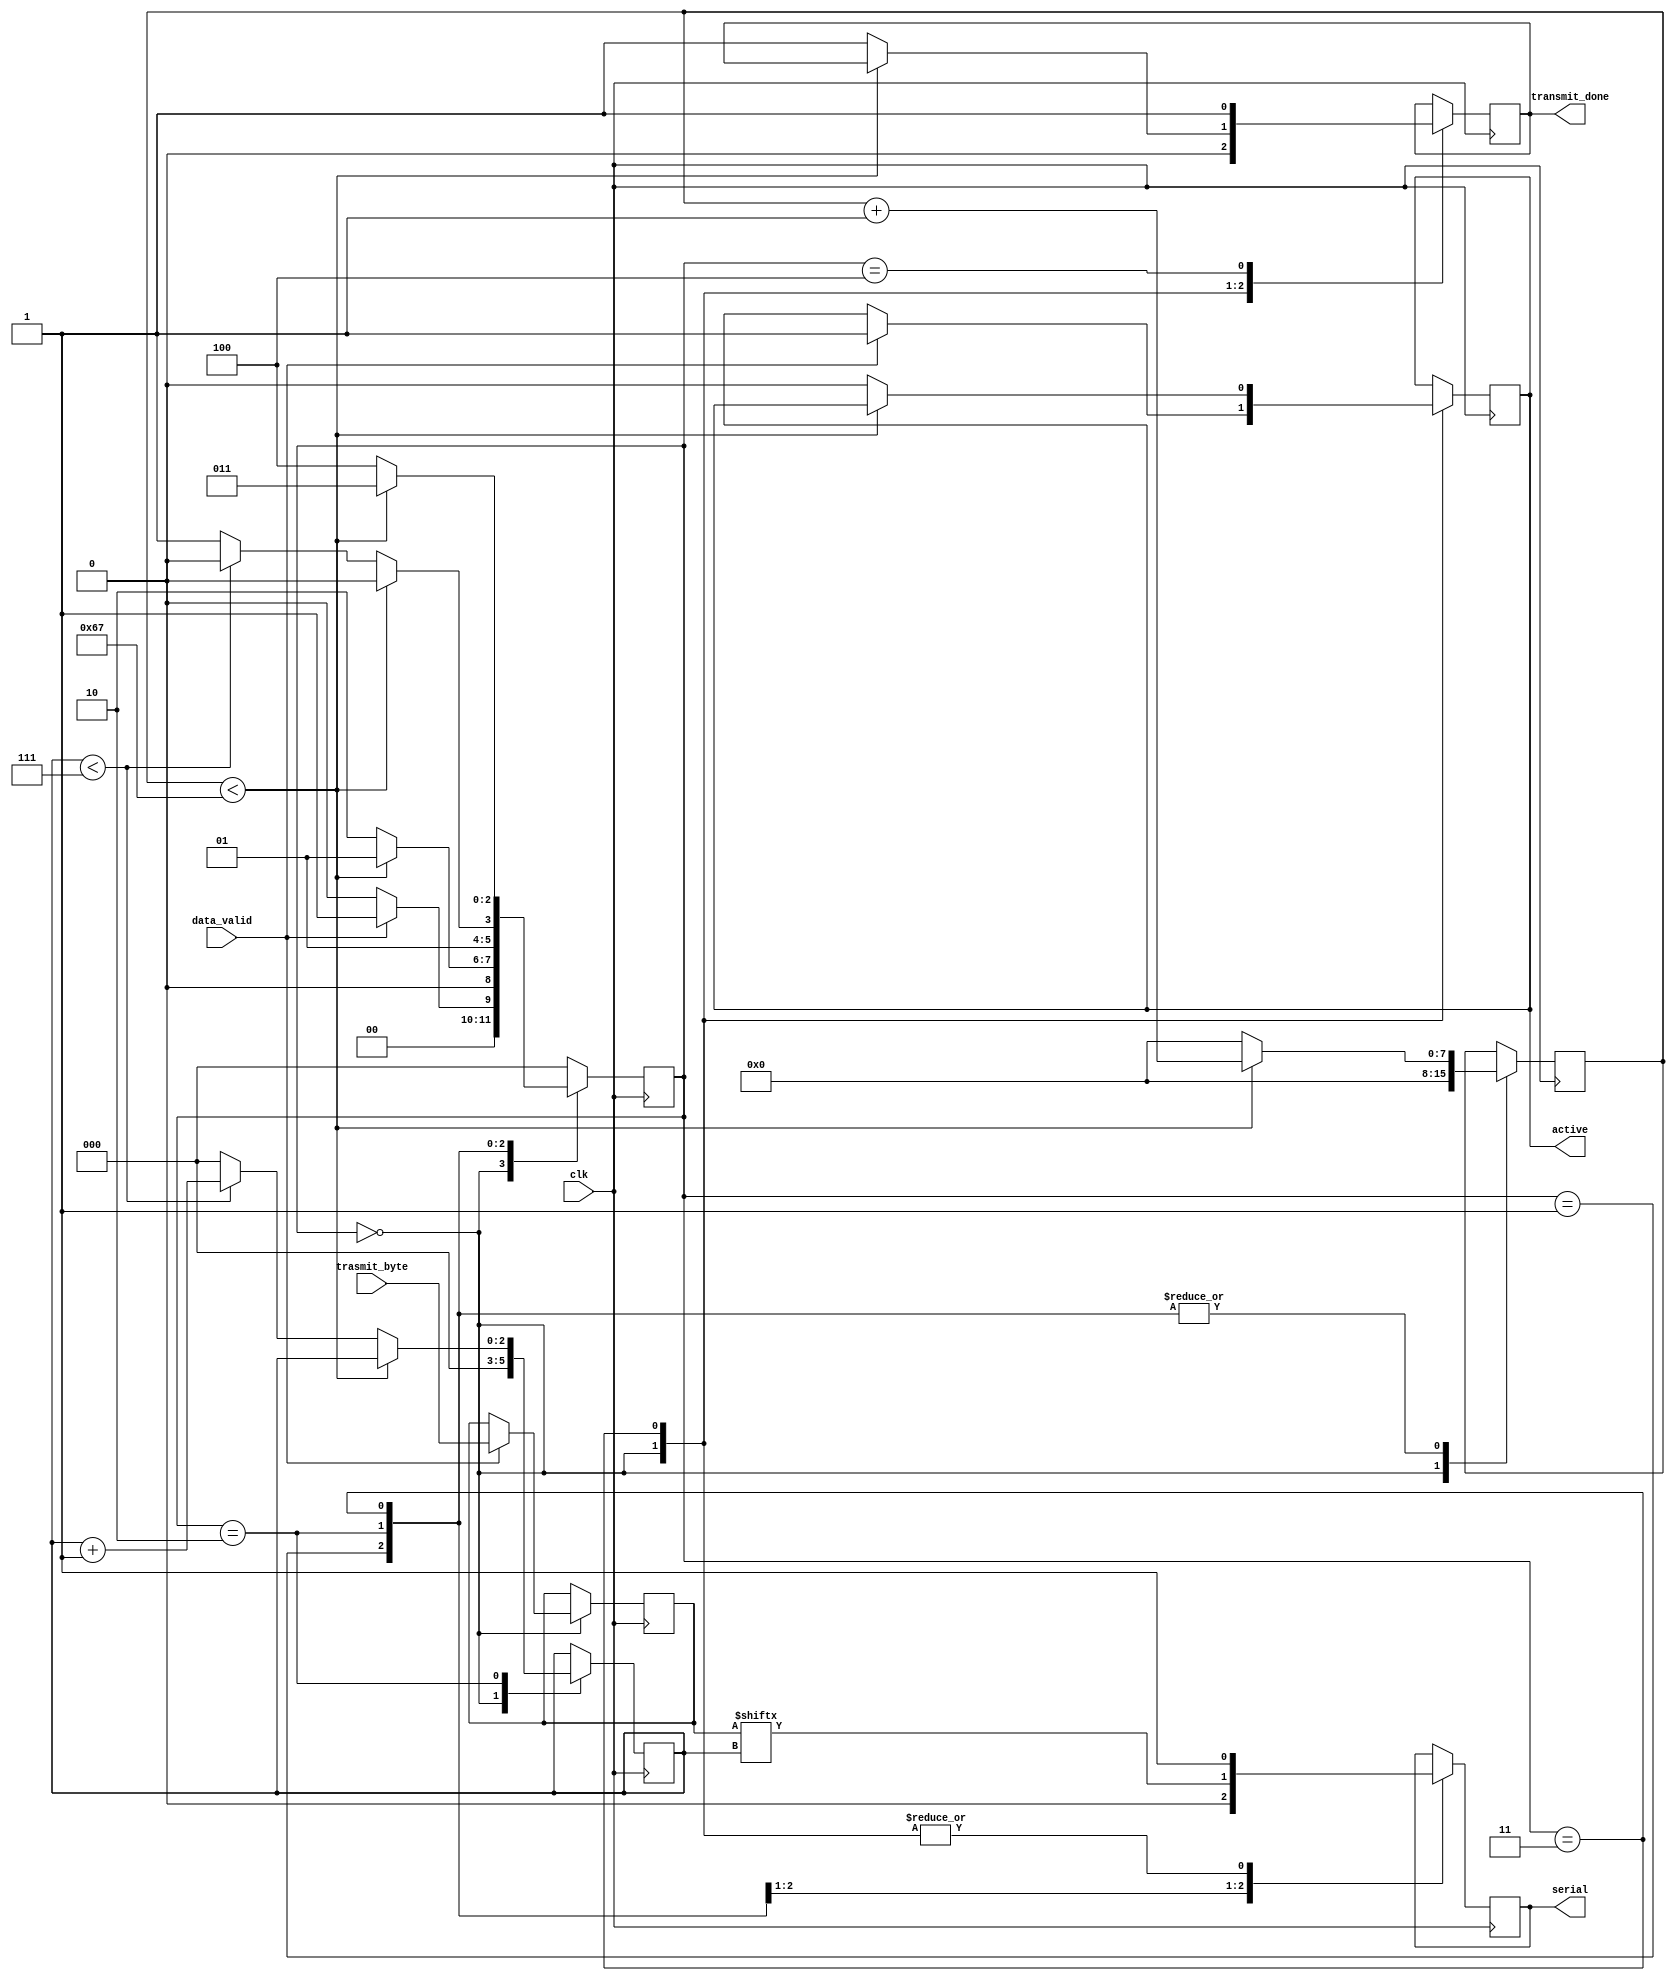
`timescale 1ns / 1ps
//////////////////////////////////////////////////////////////////////////////////
// Company:  University of Utah     
// 
// Module Name: UART_TX
// Project Name: MLA on an FPGA
// Target Devices: CMOD S7-25: Spartan 7
// Description: UART Protocol Transmitter of baudrate of 115200
// 
// CLKS_PER_UART_CYCLE = 12MHz / 115200
// 12000000 / 115200 = 104
//
//////////////////////////////////////////////////////////////////////////////////

module UART_TX(
  input       clk,
  input       data_valid,
  input [7:0] trasmit_byte, 
  output      active,
  output reg  serial,
  output      transmit_done
);
  
parameter CLKS_PER_UART_CYCLE   = 104;  
parameter IDLE_STATE            = 3'b000;
parameter START_BIT_STATE       = 3'b001;
parameter DATA_BITS_STATE       = 3'b010;
parameter STOP_BIT_STATE        = 3'b011;
parameter CLEANUP_STATE         = 3'b100;
   
reg [2:0] state                 = 0;
reg [7:0] clock_count_register  = 0;
reg [2:0] bit_index_register    = 0;
reg [7:0] data_register         = 0;
reg       done_register         = 0;
reg       active_register       = 0;
     
always @(posedge clk)
  begin
  case (state)
    IDLE_STATE :
      begin
      serial                   <= 1'b1;
      done_register            <= 1'b0;
      clock_count_register     <= 0;
      bit_index_register       <= 0;
            
      if (data_valid == 1'b1)
        begin
        active_register        <= 1'b1;
        data_register          <= trasmit_byte;
        state                  <= START_BIT_STATE;
        end
      else
        state                  <= IDLE_STATE;
      end 
        
    START_BIT_STATE :
      begin
      serial                   <= 1'b0;
            
      if (clock_count_register < CLKS_PER_UART_CYCLE-1)
        begin
        clock_count_register   <= clock_count_register + 1;
        state                  <= START_BIT_STATE;
        end
      else
        begin
        clock_count_register   <= 0;
        state                  <= DATA_BITS_STATE;
        end
      end
                
    DATA_BITS_STATE :
      begin
      serial                   <= data_register[bit_index_register];
            
      if (clock_count_register < CLKS_PER_UART_CYCLE-1)
        begin
        clock_count_register   <= clock_count_register + 1;
        state                  <= DATA_BITS_STATE;
        end
      else
        begin
        clock_count_register   <= 0;
                
        if (bit_index_register < 7)
          begin
          bit_index_register   <= bit_index_register + 1;
          state                <= DATA_BITS_STATE;
          end
        else
          begin
          bit_index_register   <= 0;
          state                <= STOP_BIT_STATE;
          end
        end
      end 
        
    STOP_BIT_STATE :
      begin
      serial                   <= 1'b1;
            
      if (clock_count_register < CLKS_PER_UART_CYCLE-1)
        begin
        clock_count_register   <= clock_count_register + 1;
        state                  <= STOP_BIT_STATE;
        end
      else
        begin
        done_register          <= 1'b1;
        clock_count_register   <= 0;
        state                  <= CLEANUP_STATE;
        active_register        <= 1'b0;
        end
      end
        
    CLEANUP_STATE :
      begin
      done_register            <= 1'b1;
      state                    <= IDLE_STATE;
      end
         
    default :
      state                    <= IDLE_STATE;
        
    endcase
end

assign active                   = active_register;
assign transmit_done            = done_register;
   
endmodule